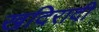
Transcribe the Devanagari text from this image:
खदिरादी